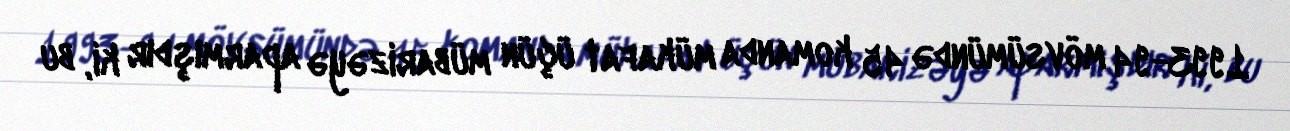
1993-94 mövsümündə 45 komanda mükafat üçün mübarizəyə aparmışdır ki, bu